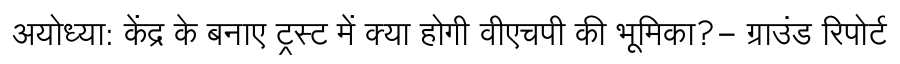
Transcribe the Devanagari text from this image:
अयोध्या: केंद्र के बनाए ट्रस्ट में क्या होगी वीएचपी की भूमिका?- ग्राउंड रिपोर्ट